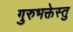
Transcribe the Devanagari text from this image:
गुरुभक्तेस्तु